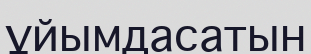
ұйымдасатын